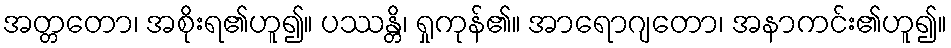
အတ္တတော၊ အစိုးရ၏ဟူ၍။ ပဿန္တိ၊ ရှုကုန်၏။ အာရောဂျတော၊ အနာကင်း၏ဟူ၍။